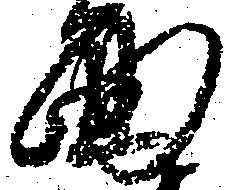
面